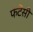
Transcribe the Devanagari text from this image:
फंटेंसी